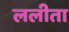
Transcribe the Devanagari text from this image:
ललीता